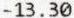
-13.30